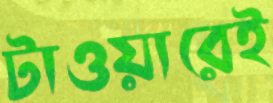
টাওয়ারেই